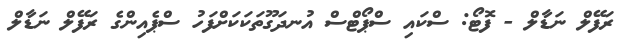
ރަފޭލް ނަޑާލް - ފޮޓޯ: ސްކައި ސްޕޯޓްސް އުނދަގޫތަކަކަށްފަހު ސްޕެއިންގެ ރަފޭލް ނަޑާލް